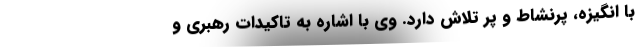
با انگیزه، پرنشاط و پر تلاش دارد. وی با اشاره به تاکیدات رهبری و